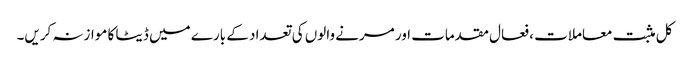
کل مثبت معاملات ، فعال مقدمات اور مرنے والوں کی تعداد کے بارے میں ڈیٹا کا موازنہ کریں۔